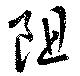
阻